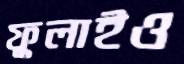
ফুলাইও